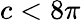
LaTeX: c<8\pi